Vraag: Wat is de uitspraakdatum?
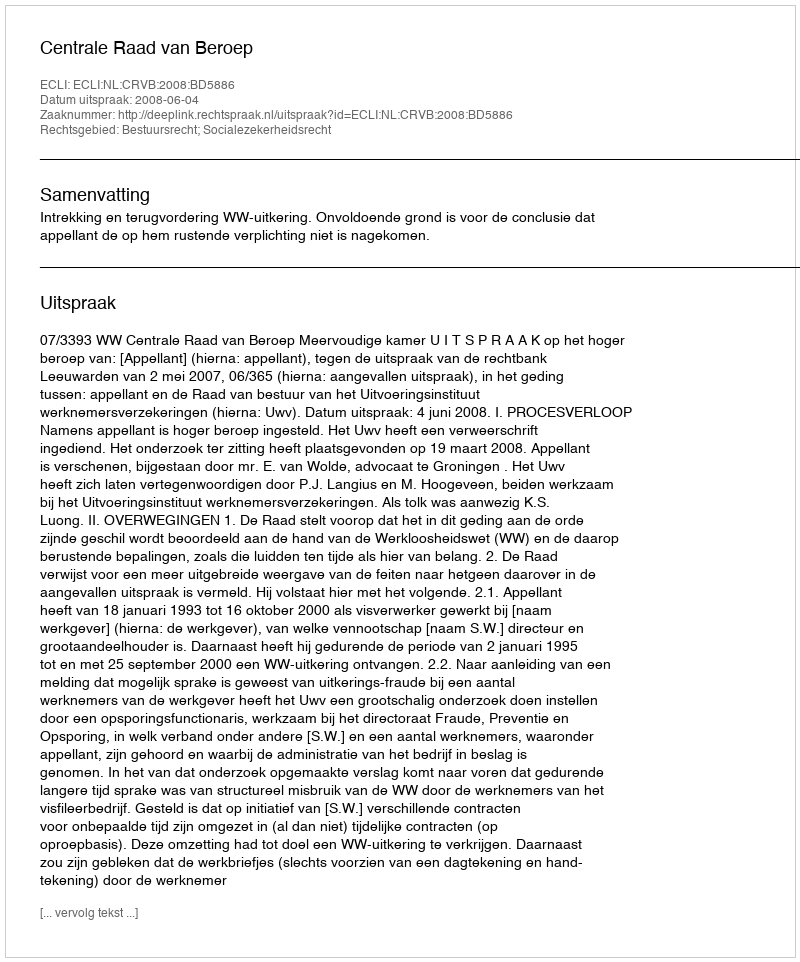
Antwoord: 2008-06-04